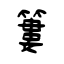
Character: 簍